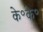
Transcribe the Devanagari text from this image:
के॰के॰